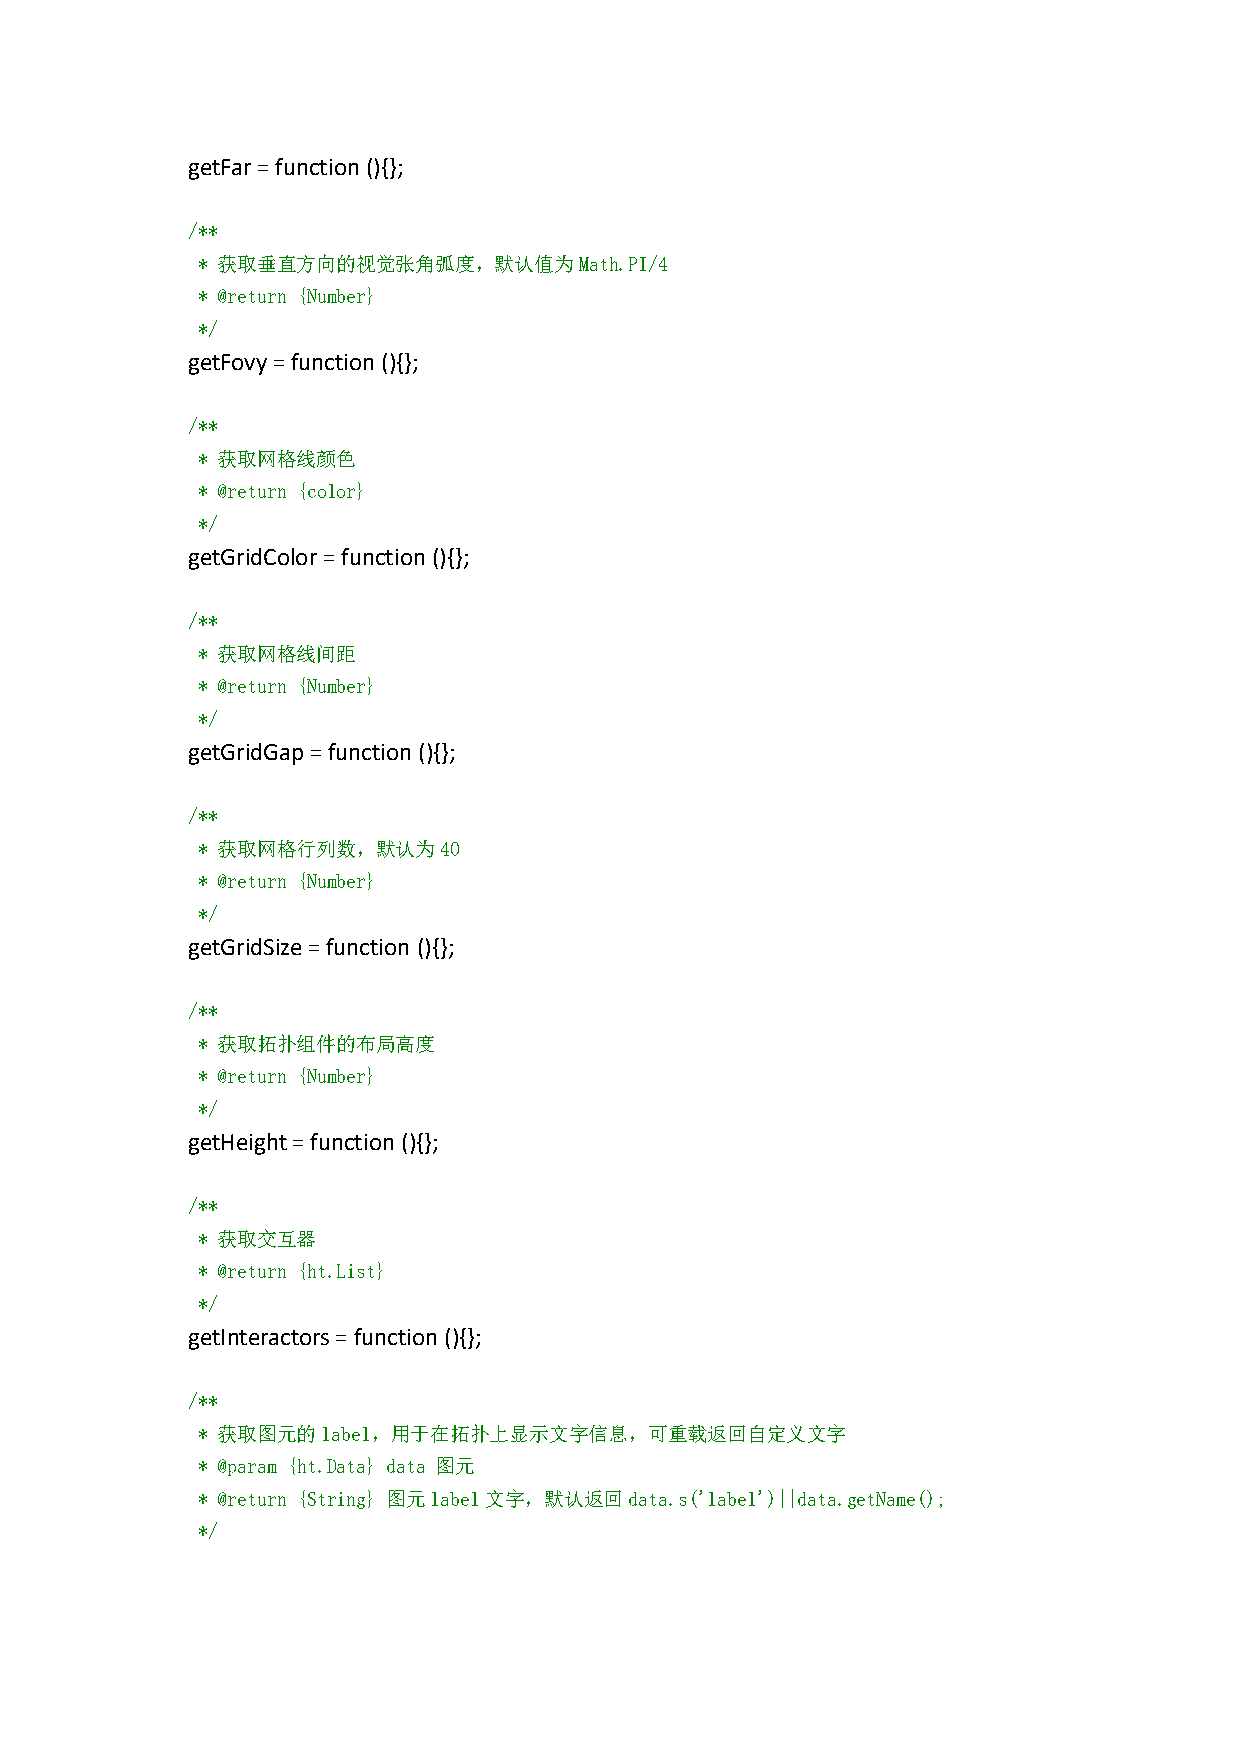
getFar=function(){};
 /**
 * 获取垂直方向的视觉张角弧度，默认值为Math.PI/4
 * @return {Number}
 */
 getFovy=function(){};
 /**
 * 获取网格线颜色
 * @return {color}
 */
 getGridColor=function(){};
 /**
 * 获取网格线间距
 * @return {Number}
 */
 getGridGap=function(){};
 /**
 * 获取网格行列数，默认为40
 * @return {Number}
 */
 getGridSize=function (){};
 /**
 * 获取拓扑组件的布局高度
 * @return {Number}
 */
 getHeight=function (){};
 /**
 * 获取交互器
 * @return {ht.List}
 */
 getInteractors=function(){};
 /**
 * 获取图元的label，用于在拓扑上显示文字信息，可重载返回自定义文字
 * @param {ht.Data} data 图元
 * @return {String} 图元label文字，默认返回data.s('label')||data.getName();
 */